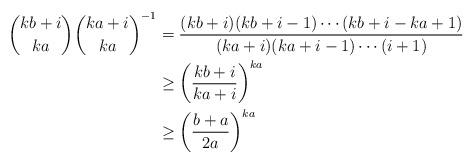
LaTeX: \begin{align*}\binom{kb+i}{ka}\binom{ka+i}{ka}^{-1} &= \frac{(kb+i)(kb+i-1)\cdots (kb+i-ka+1)}{(ka+i)(ka+i-1)\cdots (i+1)} \\ &\geq \left ( \frac{kb+i}{ka+i} \right )^{ka} \\ &\geq \left ( \frac{b+a}{2a} \right )^{ka}\end{align*}